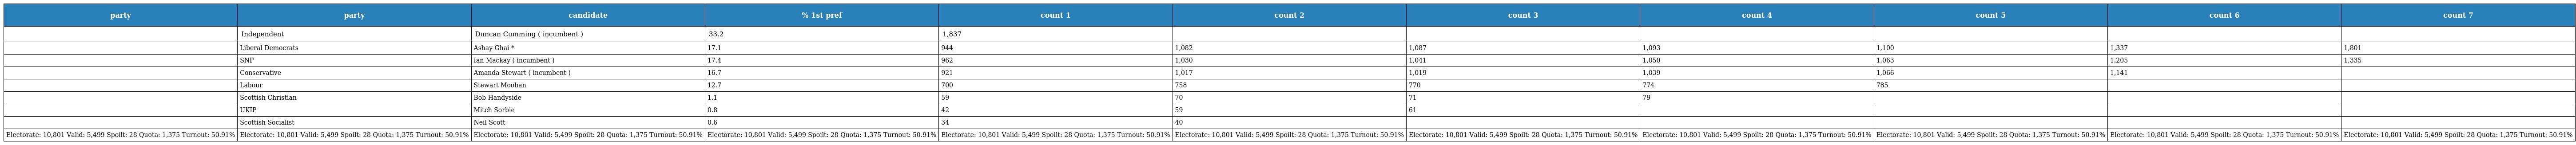
| party | party | candidate | % 1st pref | count 1 | count 2 | count 3 | count 4 | count 5 | count 6 | count 7 |
 | --- | --- | --- | --- | --- | --- | --- | --- | --- | --- | --- |
 |  | Independent | Duncan Cumming ( incumbent ) | 33.2 | 1,837 |  |  |  |  |  |  |
 |  | Liberal Democrats | Ashay Ghai * | 17.1 | 944 | 1,082 | 1,087 | 1,093 | 1,100 | 1,337 | 1,801 |
 |  | SNP | Ian Mackay ( incumbent ) | 17.4 | 962 | 1,030 | 1,041 | 1,050 | 1,063 | 1,205 | 1,335 |
 |  | Conservative | Amanda Stewart ( incumbent ) | 16.7 | 921 | 1,017 | 1,019 | 1,039 | 1,066 | 1,141 |  |
 |  | Labour | Stewart Moohan | 12.7 | 700 | 758 | 770 | 774 | 785 |  |  |
 |  | Scottish Christian | Bob Handyside | 1.1 | 59 | 70 | 71 | 79 |  |  |  |
 |  | UKIP | Mitch Sorbie | 0.8 | 42 | 59 | 61 |  |  |  |  |
 |  | Scottish Socialist | Neil Scott | 0.6 | 34 | 40 |  |  |  |  |  |
 | Electorate: 10,801 Valid: 5,499 Spoilt: 28 Quota: 1,375 Turnout: 50.91% | Electorate: 10,801 Valid: 5,499 Spoilt: 28 Quota: 1,375 Turnout: 50.91% | Electorate: 10,801 Valid: 5,499 Spoilt: 28 Quota: 1,375 Turnout: 50.91% | Electorate: 10,801 Valid: 5,499 Spoilt: 28 Quota: 1,375 Turnout: 50.91% | Electorate: 10,801 Valid: 5,499 Spoilt: 28 Quota: 1,375 Turnout: 50.91% | Electorate: 10,801 Valid: 5,499 Spoilt: 28 Quota: 1,375 Turnout: 50.91% | Electorate: 10,801 Valid: 5,499 Spoilt: 28 Quota: 1,375 Turnout: 50.91% | Electorate: 10,801 Valid: 5,499 Spoilt: 28 Quota: 1,375 Turnout: 50.91% | Electorate: 10,801 Valid: 5,499 Spoilt: 28 Quota: 1,375 Turnout: 50.91% | Electorate: 10,801 Valid: 5,499 Spoilt: 28 Quota: 1,375 Turnout: 50.91% | Electorate: 10,801 Valid: 5,499 Spoilt: 28 Quota: 1,375 Turnout: 50.91% |